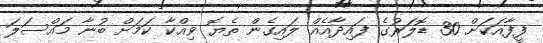
ފީފާއަކަށް 30 ޑޮލަރުގެ ފައިދާއެއް ލައިގެން ތެޔޮ ވިއްކާ ކަމަށް ބުނާ މައްސަލަ